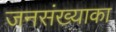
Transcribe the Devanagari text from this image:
जनसंख्याका